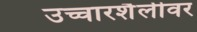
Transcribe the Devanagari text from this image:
उच्चारशैलीवर